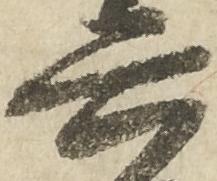
六